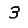
Digit: 3